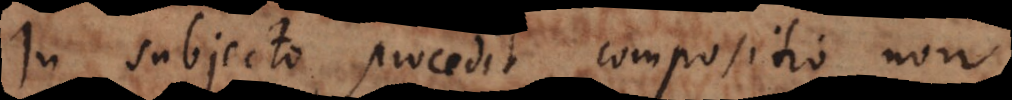
In subjecto procedit compositio, non